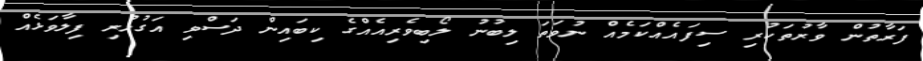
ފަރާތުން ވާރުތަކުރި ސިފައެއްކަމެއް ނުވަތަ ލިބުނު ލޯބިވެރިއެއްގެ ކިބައިން ދަސްވި އަގުހުރި ފިލާވަޅެއް